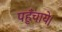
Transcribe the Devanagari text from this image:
पहुँचाये।